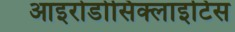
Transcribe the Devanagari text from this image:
आइरोडोसिक्लाइटिस